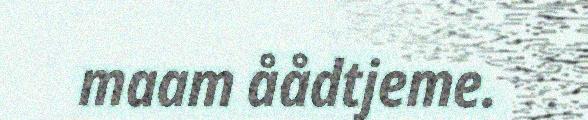
maam åådtjeme.